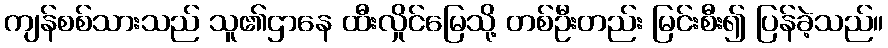
ကျန်စစ်သားသည် သူ၏ဌာနေ ထီးလှိုင်မြေသို့ တစ်ဦးတည်း မြင်းစီး၍ ပြန်ခဲ့သည်။